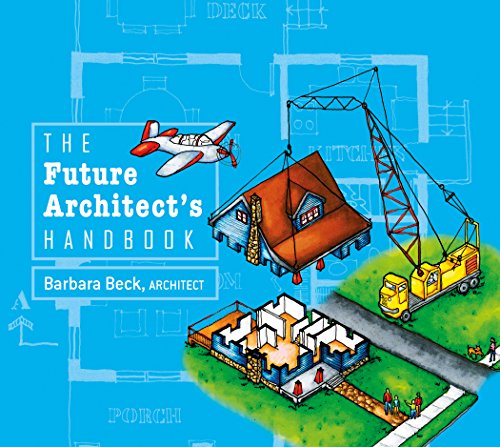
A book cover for The Future Architect's Handbook; Barbara Beck; Children's Books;